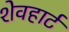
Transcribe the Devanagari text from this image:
शेवहार्ट